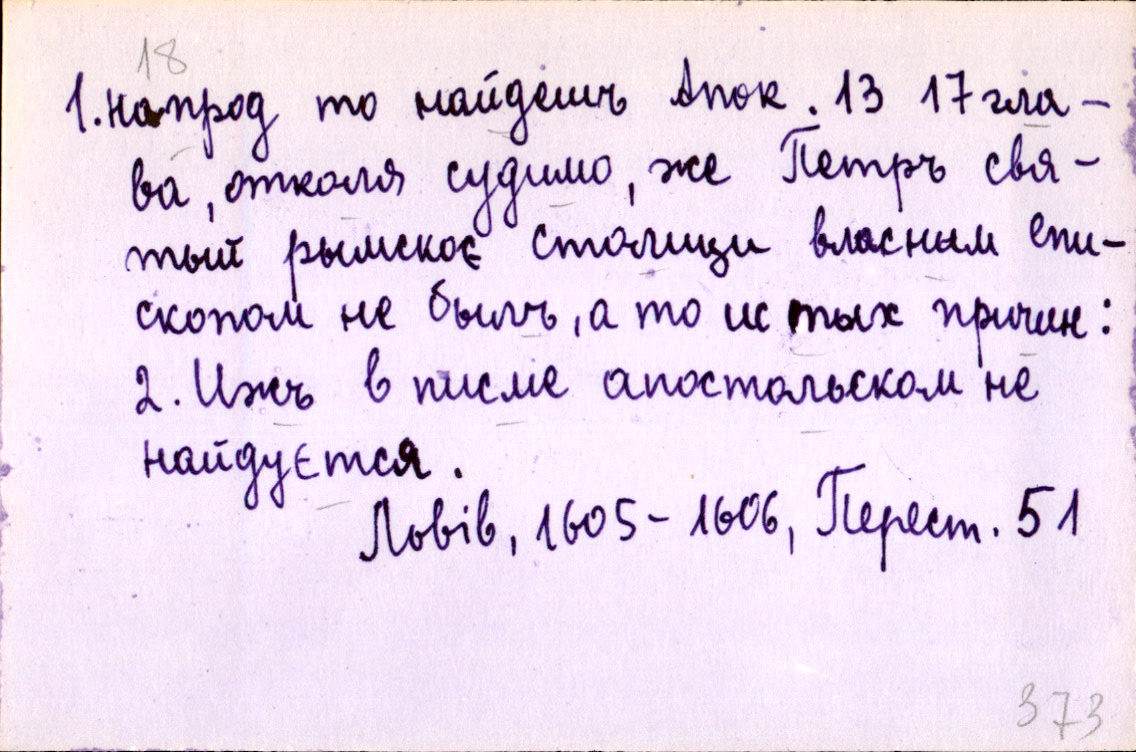
1. напрод то найдешъ Апок. 13 17 гла-
ва, отколя судимо, же Петръ свя-
тый рымскоє столици власным епи-
скопом не былъ, а то ис тых причин:
2. Ижъ в писме апостольском не
найдуєтся.
Львів, 1605-1606, Перест. 51